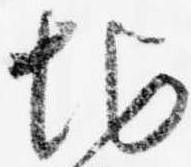
地